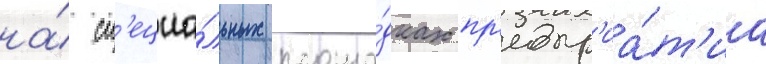
на́ сп'ециа́льных площа́дках пр'едпр'иа́т'иа